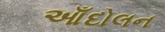
આઁદોલન